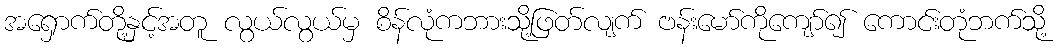
အရှောက်တို့နှင့်အတူ လွယ်လွယ်မှ စိန်လုံကဘားသို့ဖြတ်လျက် ဗန်းမော်ကိုကျော်၍ ကောင်းတုံဘက်သို့